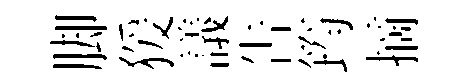
脚猨議吿筠摘